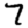
Digit: 7